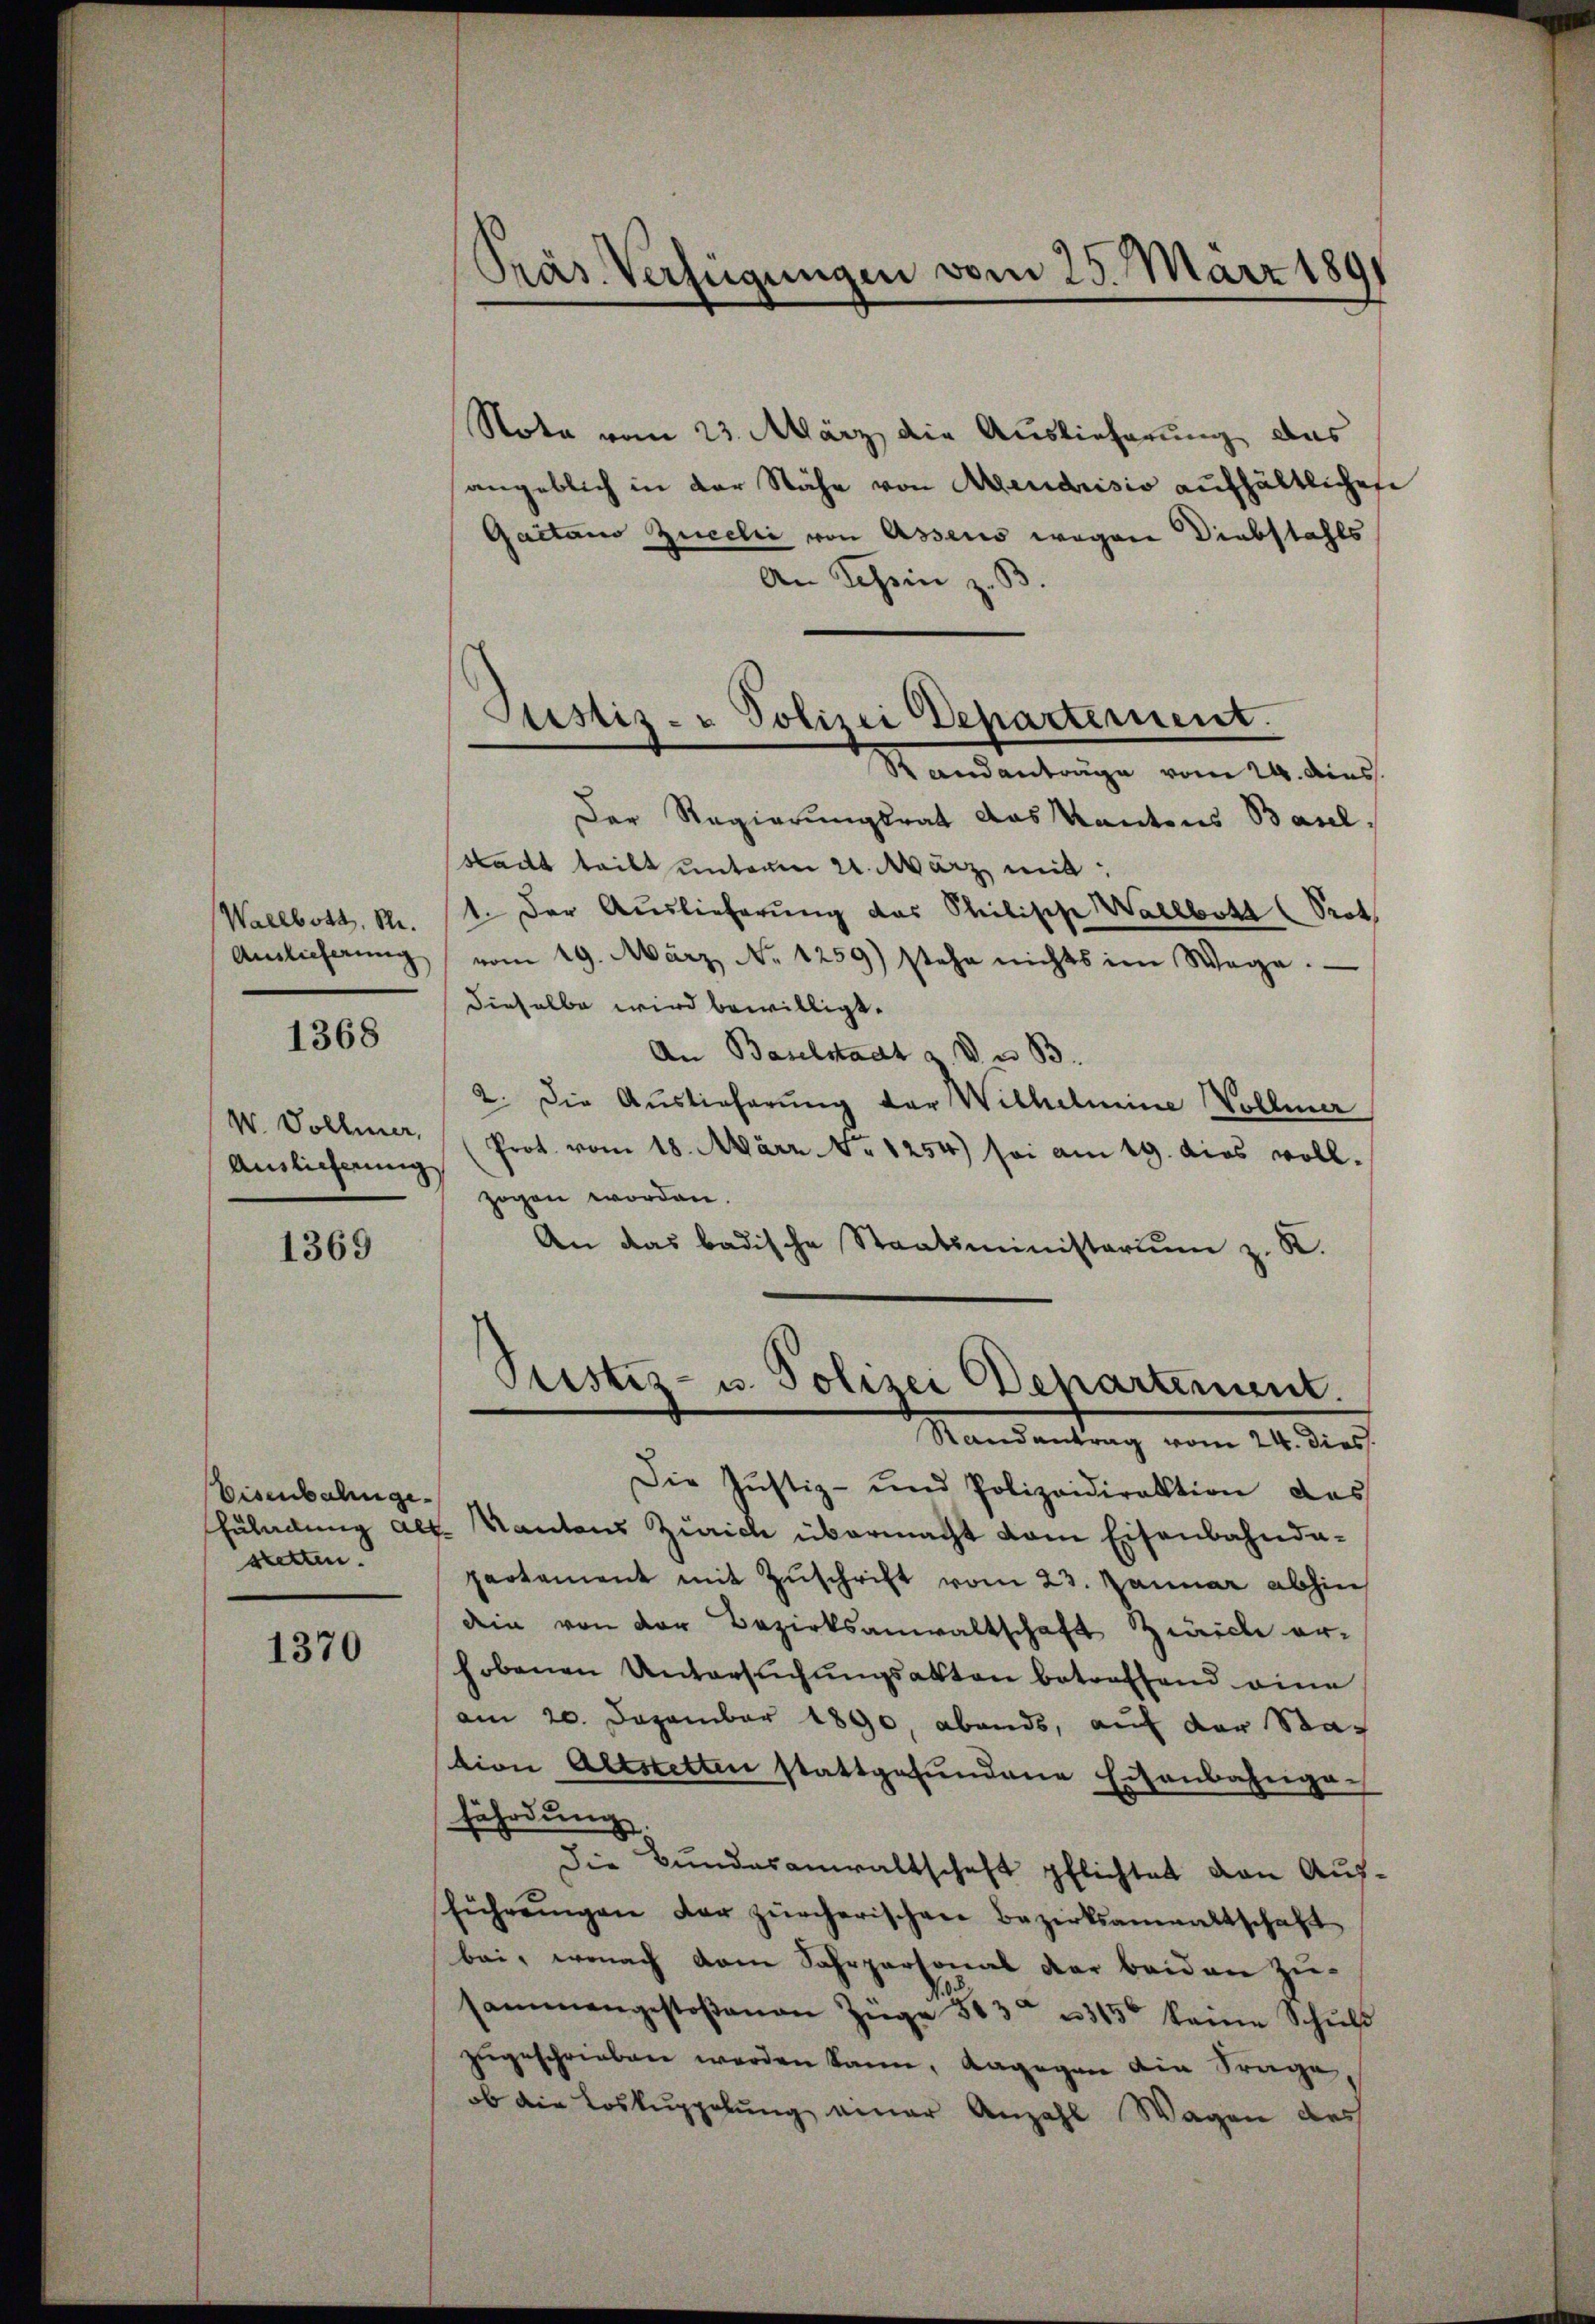
Wallbott, R.
Auslieferung
1368
V. Vollmer,
Auslicherung

1369

Eisenbahngestetten.

1370

Nota vom 23. März, die Auslieferung das
angeblich in der Nähe von Mendrisio aufhältlichen
Gaitaus Zucelii von Assens wegen Diebstahls
An Schein z. B.
Sandanträge vom 24. dies
Der Regierungsrat das Kantons Basel,
Stadt teilt unterm 21. März mit:
1. Der Auslieferung das Philische Wallbott (Prot
vom 19. März No. 1259) stehe nichts im Wege.
dieselbe wird bewilligt.
An Baselstadt z. V. B.
2. Die Auslieferung der Wilhelmine Vollma
(Prot. vom 18. März. No 1254) sei am 19. dies voll.
zogen worden.
An das badische Staatsministerium z. R.
Pustiz- u. Polizei Behartement.
Mandantung vom 24. Dez.
Die Justiz- und Polizeidirektion des
Züladung alt. Kantons Zürich übermacht vom Eisenbahndapartement mit Zŭschrift vom 23. Januar abhin
dein von der Bezirksanwaltschaft Zürich er-
hobenen Untersuchungsakten betreffend eine
am 20. Dezember 1890, abends, auf der Station Altstetten stattgefŭndene Eisenbahnga-
fährdung
Die Bundesanwaltschaft pflichtet von Aufführŭngen der zürcherischen Bezirksanwaltschaft
bei, wonach dem Fahrpersonal der beiden Zu-
sammengestoβenen Züge 503 n 315t keine Schuld
zŭgeschrieben werden kann, dagegen die Frage,
ob die Loskuppelung einer Anzahl Wagen des

Präs. Verfügungen vom 25. März 1891

Justiz- & Polizei Departement.